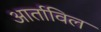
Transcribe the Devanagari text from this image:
आर्ताविल